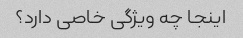
اینجا چه ویژگی خاصی دارد؟